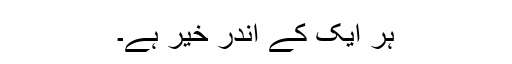
ہر ایک کے اندر خیر ہے۔